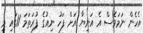
އެހެން ނަމަވެސް އެ އަނިޔާ އަށް ފަހު ނިއުގެ ފުރަތަމަ 11ގައި މި